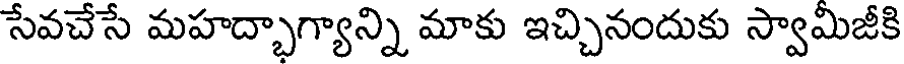
సేవచేసే మహద్భాగ్యాన్ని మాకు ఇచ్చినందుకు స్వామిజీకి